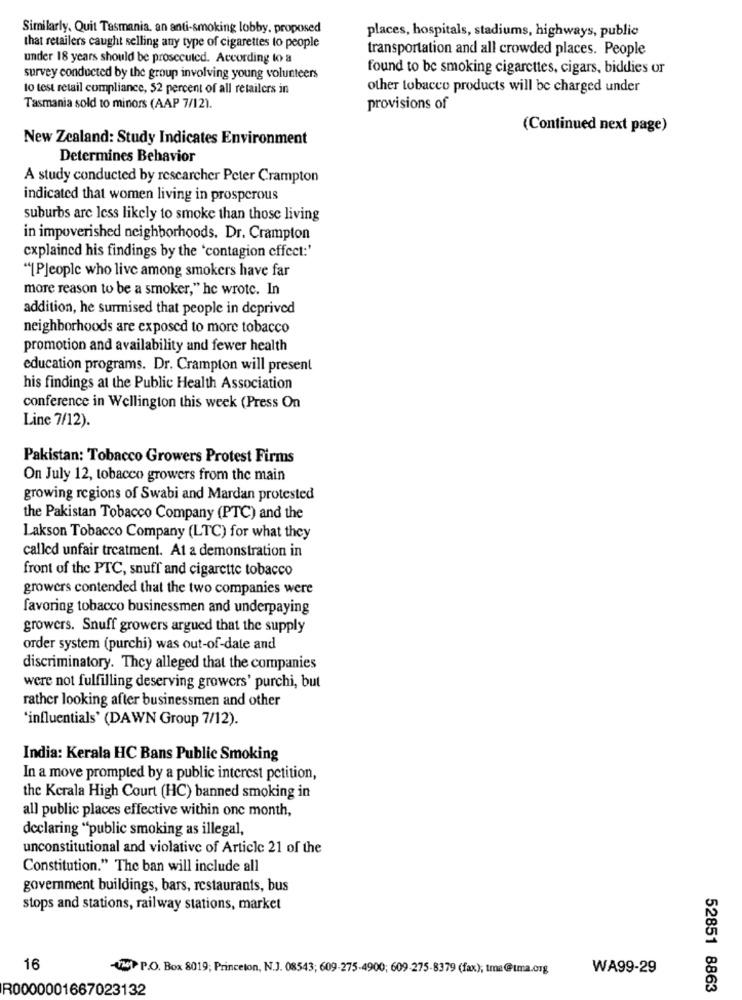
Similarly, Quit Tasmania, an anti-smoking lobby, proposed
places, hospitals, stadiums, highways, public
that retailers caught selling any type of cigarettes to people
transportation and all crowded places. People
under 18 years should be prosecuted. According to a
found to be smoking cigarettes, cigars, biddies or
survey conducted by the group involving young volunteers
lo test retail compliance, 52 percent of all retailers in
other tobacco products will be charged under
Tasmania sold to minors (AAP 7/12).
provisions of
(Continued next page)
New Zealand: Study Indicates Environment
Determines Behavior
A study conducted by researcher Peter Crampton
indicated that women living in prosperous
suburbs are less likely to smoke than those living
in impoverished neighborhoods. Dr. Crampton
explained his findings by the 'contagion effect:'
"[People who live among smokers have far
more reason to be a smoker," he wrote. In
addition, he surmised that people in deprived
neighborhoods are exposed to more tobacco
promotion and availability and fewer health
education programs. Dr. Crampton will present
his findings at the Public Health Association
conference in Wellington this week (Press On
Line 7/12).
Pakistan: Tobacco Growers Protest Firms
On July 12, tobacco growers from the main
growing regions of Swabi and Mardan protested
the Pakistan Tobacco Company (PTC) and the
Lakson Tobacco Company (LTC) for what they
called unfair treatment. At a demonstration in
front of the PTC, snuff and cigarette tobacco
growers contended that the two companies were
favoring tobacco businessmen and underpaying
growers. Snuff growers argued that the supply
order system (purchi) was out-of-date and
discriminatory. They alleged that the companies
were not fulfilling deserving growers' purchi, but
rather looking after businessmen and other
'influentials' (DAWN Group 7/12).
India: Kerala HC Bans Public Smoking
In a move prompted by a public interest petition,
the Kerala High Court (HC) banned smoking in
all public places effective within one month,
declaring "public smoking as illegal,
unconstitutional and violative of Article 21 of the
Constitution." The ban will include all
government buildings, bars, restaurants, bus
stops and stations, railway stations, market
16
VwT P.O. Box 8019; Princeton, N.J. 08543; 609-275-4900; 609-275-8379 (fax); tma@ıma.org
WA99-29
R0000001667023132
52851 8863